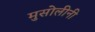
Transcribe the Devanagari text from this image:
मुसोलीनी